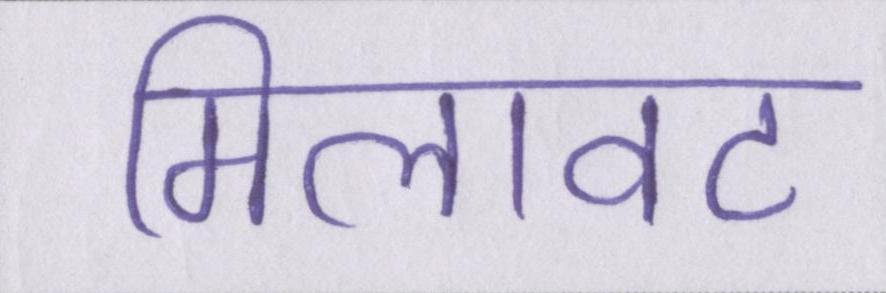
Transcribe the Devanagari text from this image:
मिलावट